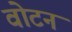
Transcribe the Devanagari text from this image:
वोटन